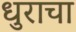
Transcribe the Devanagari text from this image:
धुराचा